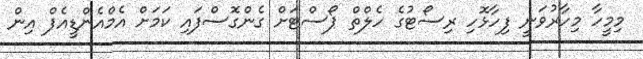
މިމީހާ މިހާރުވަނީ ފިހާޅޮހި ރިސޯޓުގެ ހެލްތް ޕޯސްޓަށް ގެންގޮސްފައި ކަމަށް އެމްއެންޑީއެފް އިން